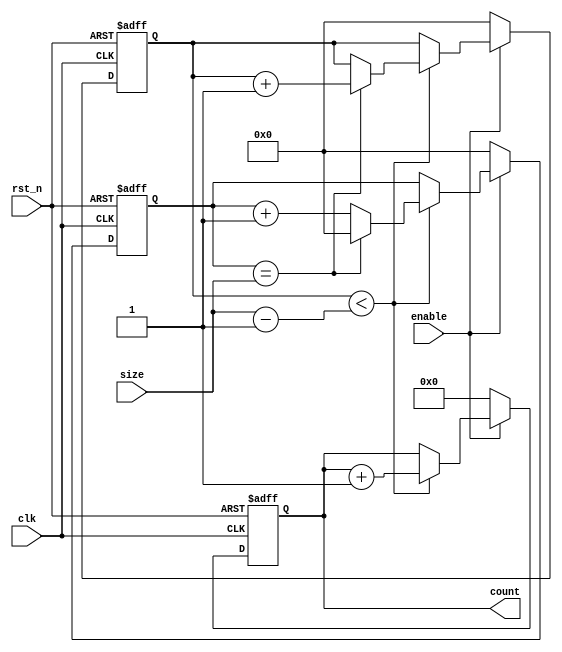
module COUNTER (
input [7:0] size,
input clk,
input rst_n,
input enable,
output [15:0] count
);

reg [15:0] count_reg;
reg [7:0] row, col;

assign count = count_reg;

always @(posedge clk or negedge rst_n) begin

    if (!rst_n) begin
        count_reg <= 16'd0;
        row <= 8'd0;
        col <= 8'd0;
    end else begin
        if (!enable) begin
            count_reg <= 16'd0;
            row <= 8'd0;
            col <= 8'd0;
        end else begin
            if (row < size-1'b1) begin
                if (col == size) begin
                    row <= row + 1'b1;
                    col <= 8'd0;
                end else begin
                    col <= col + 1'b1;
                end
                    count_reg <= count_reg + 1'b1;
            end
        end
    end
end


endmodule